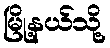
မြို့နယ်သို့